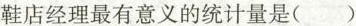
鞋店经理最有意义的统计量是（）